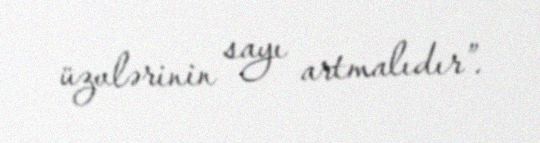
üzvlərinin sayı artmalıdır”.